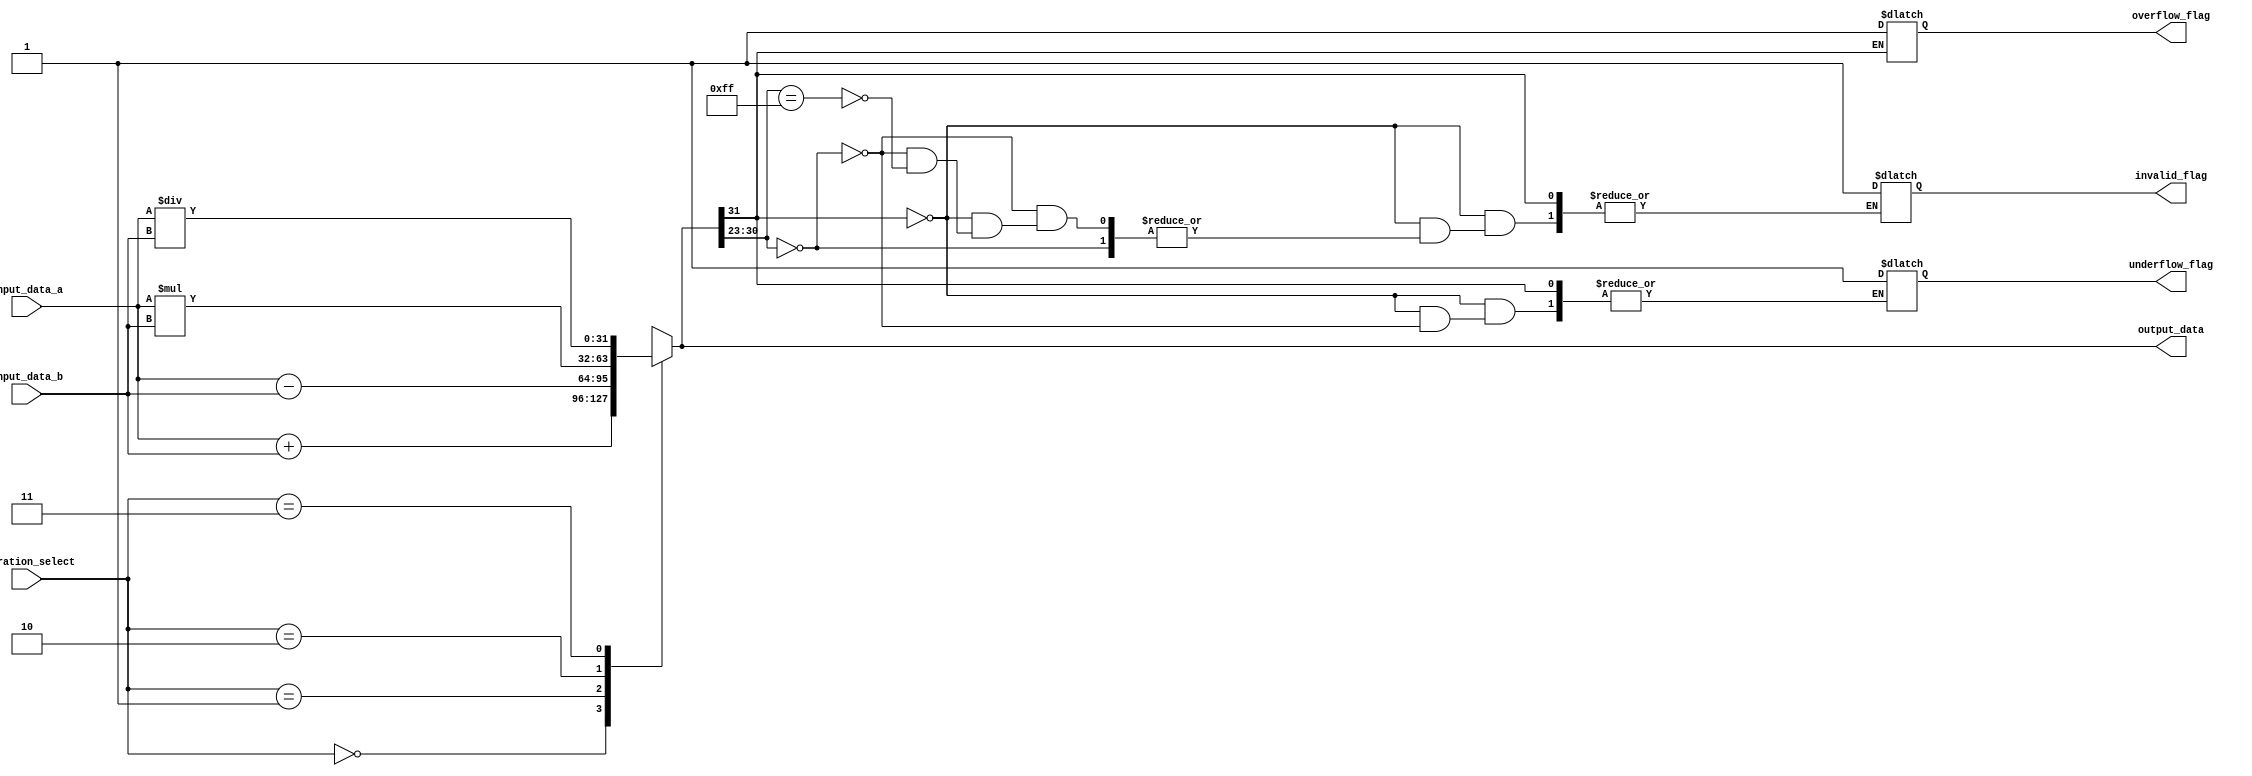
module single_precision_fpu (
    input wire [31:0] input_data_a,
    input wire [31:0] input_data_b,
    input wire [2:0] operation_select,
    output reg [31:0] output_data,
    output reg overflow_flag,
    output reg underflow_flag,
    output reg invalid_flag
);

reg [31:0] result;

always @ (input_data_a, input_data_b, operation_select) begin
    case(operation_select)
        3'b000: result = input_data_a + input_data_b; // addition
        3'b001: result = input_data_a - input_data_b; // subtraction
        3'b010: result = input_data_a * input_data_b; // multiplication
        3'b011: result = input_data_a / input_data_b; // division
        default: result = 32'hxxxxxxxx; // invalid operation
    endcase
end

always @ (result) begin
    if(result[31] == 1) begin
        overflow_flag = 1;
    end else if(result[30:23] == 0) begin
        underflow_flag = 1;
    end else if(result[30:23] == 255) begin
        invalid_flag = 1;
    end
end

assign output_data = result;

endmodule